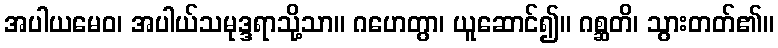
အပါယမေဝ၊ အပါယ်သမုဒ္ဒရာသို့သာ။ ဂဟေတွာ၊ ယူဆောင်၍။ ဂစ္ဆတိ၊ သွားတတ်၏။